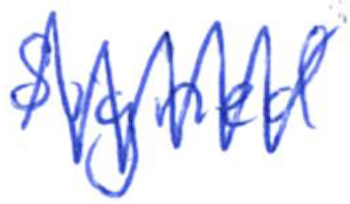
Text: signed
Cross-out: zig-zag
Writing tool: ballpoint